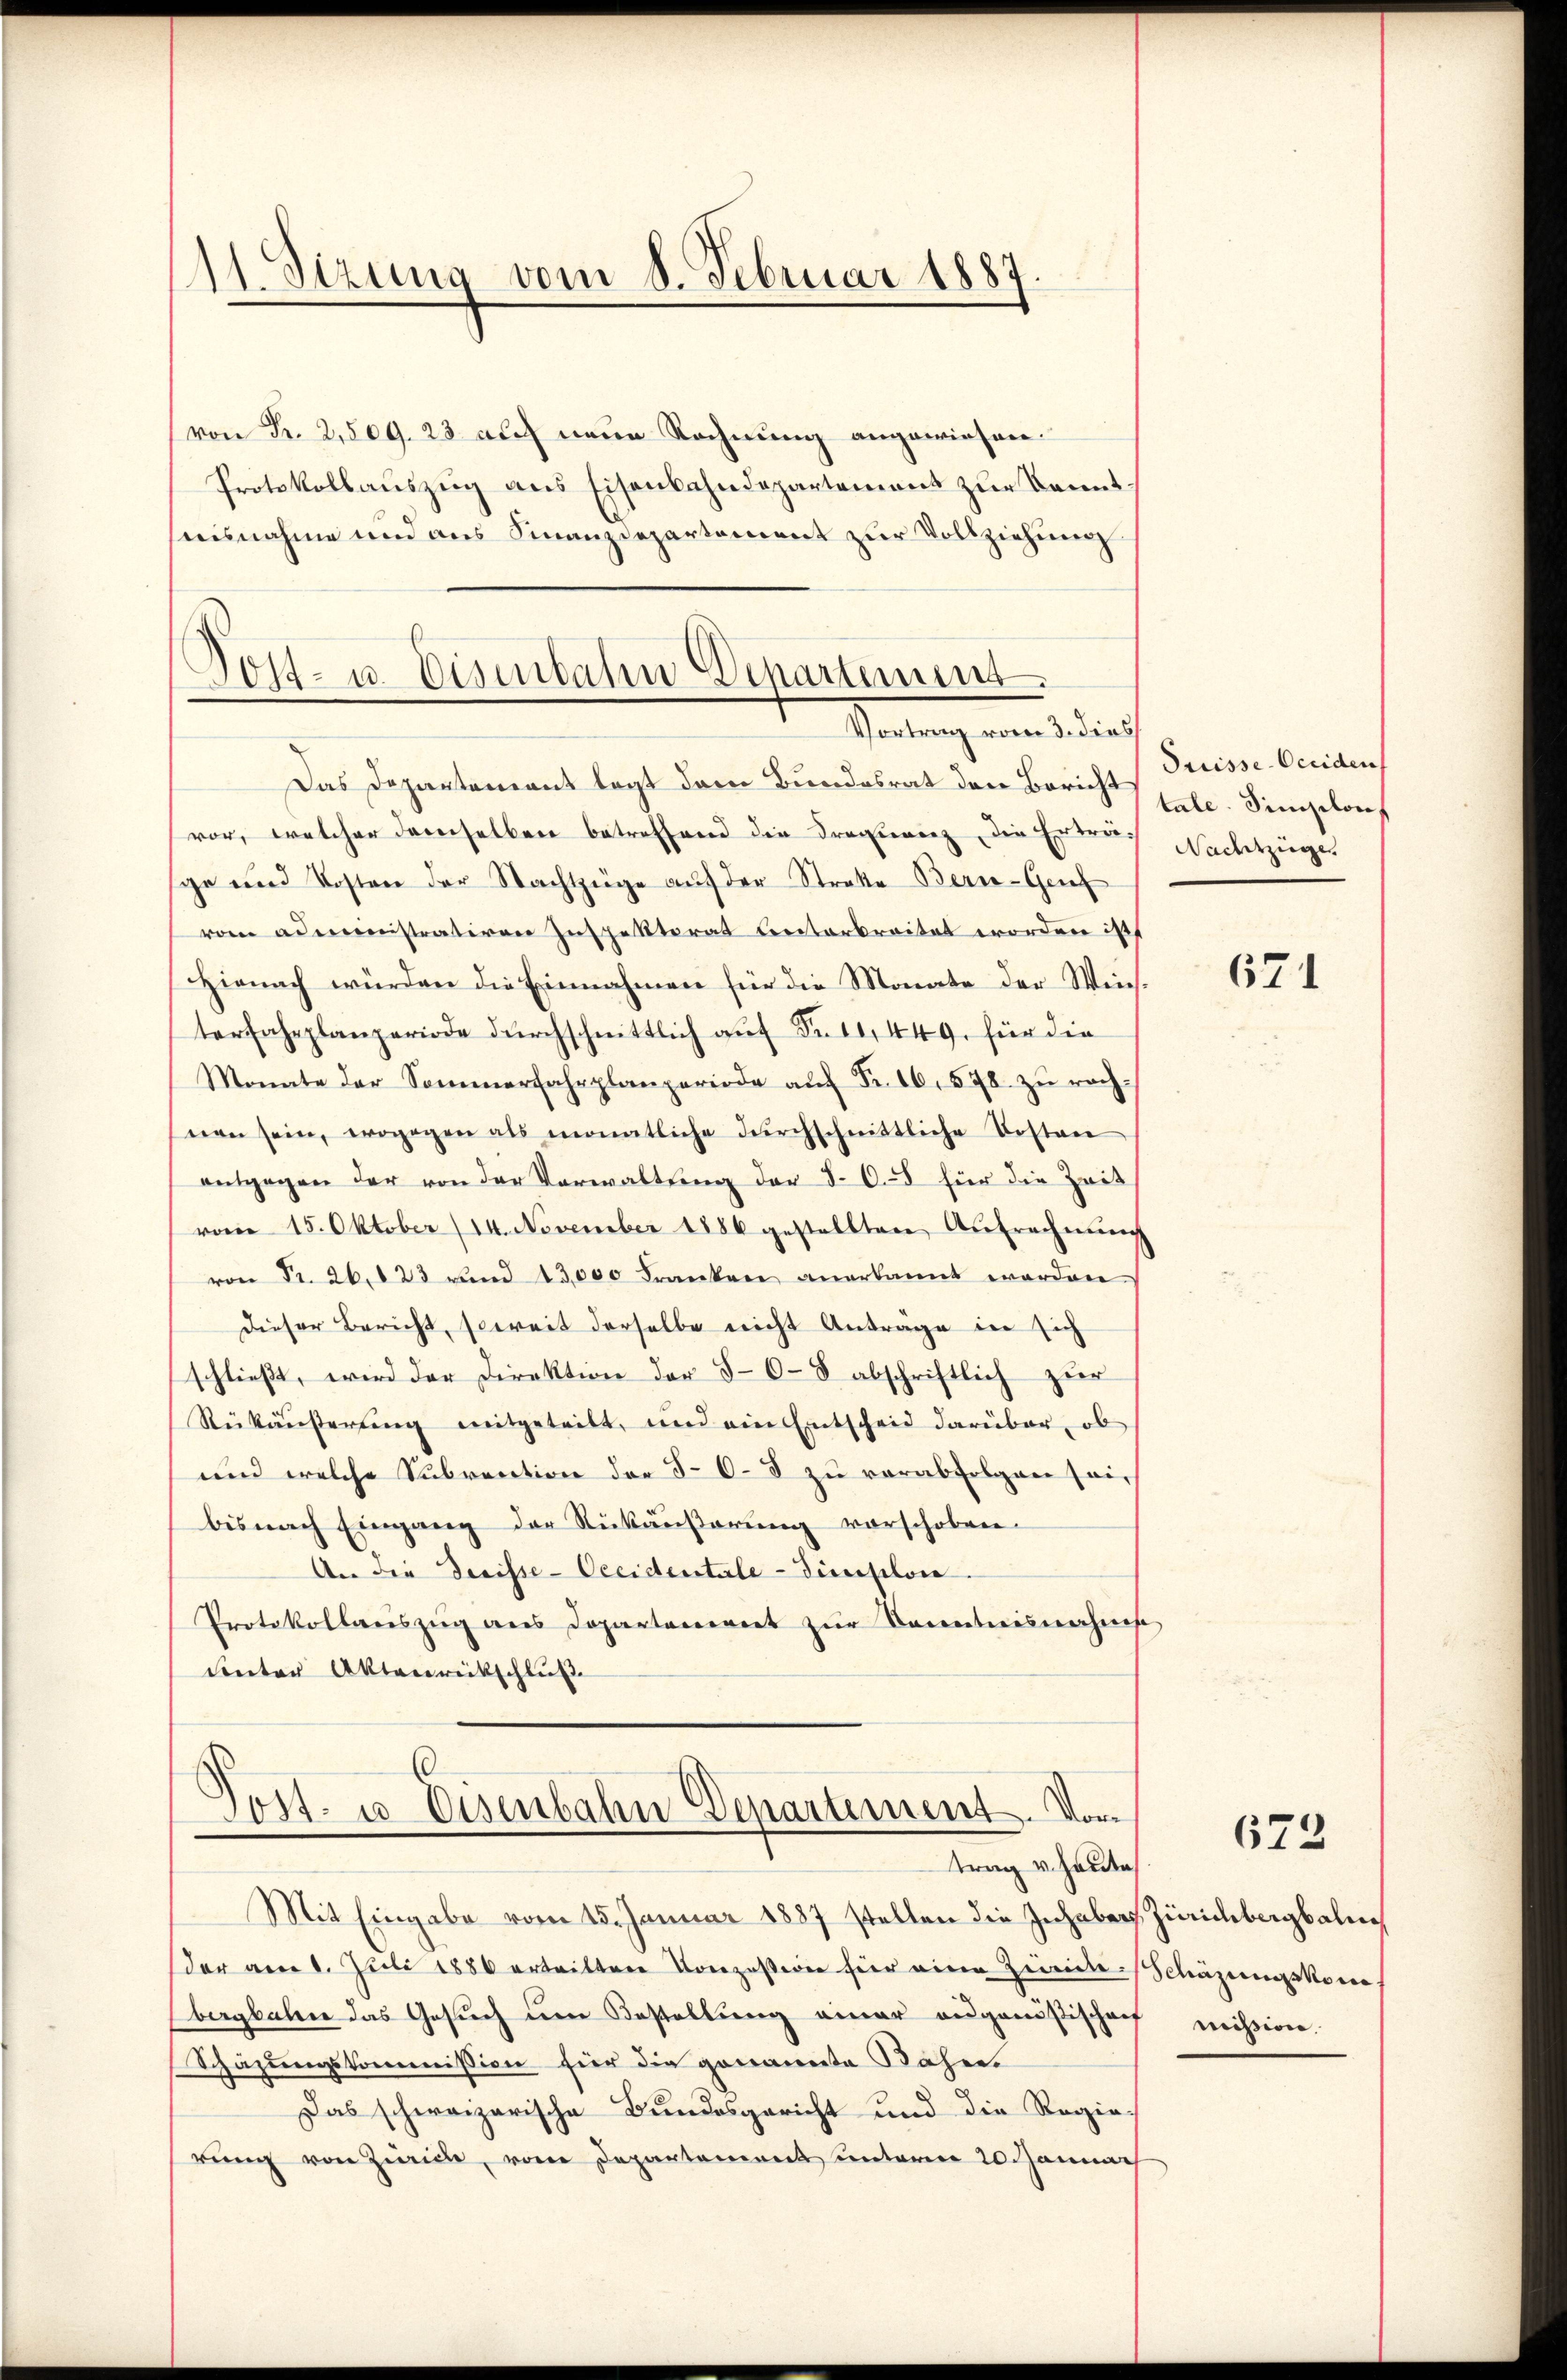
111. Sizung vom 8. Februar 1887

von Nr. 2, 509. 23. auf neue Rechnung angewiesen.
Protokollauszug aus Eisenbahndepartement zur Kennt.
ausnahme und aus Finanzdepartement zur Vollziehung

.
Sost- u. Disenbahn Departement.
Vortrag vom 3. dies

Jost- u Eisenbahn Departement. Vor
trag v. heute

Das Departement legt dem Bundesrat den Bericht Preisse-Occiden
vor, welcher derselben betreffend die Praxierenz, die Erträge und Kosten der Nachtzüge auf der Straße Bern-Genf
vom administrativen Inspektorat erterbreitet worden ist
Hienach würden die Einnahmen für die Monate der Win-
terfahrplanzeriode durchschnittlich auf Fr. 11, 449. für die
Monate der Sommerfahrplanperiode aŭf Fr. 16. 578. zŭ rachnen sein, wogegen als monatliche dŭrchschnittliche Kosten
entgegen der von der Verwaltung der §. 6. für die Zeit
vom 15. Oktober (14. November 1886 gestellten Aufrechnung
von Fr. 26. 123 und 13,000 Franken anerkannt worden
Dieser Bericht, soweit derselbe nicht Anträge in sich
schlieβt, wird der Direktion der 5-6-8 abschriftlich zur
Rükäŭserŭng mitgeteilt, und ein Entscheid darüber, ob
und welche Subvention der 50-8 zŭ verabfolgen seibis nach Eingang der Rückäußerung vorschoben.
An die Serisse-Oeeidentale - Zinselon
Protokollariszŭg ans Departoniert zŭr Kenntnisnahms
unter Aktenrückschluß

tale. Singelon
Nachtzüge

Mit Eingabe vom 25. Januar 1887 stellen die Inhaber Zürichbergbahnder am 1. Juli 1880 ertrittene Konzesseren für eine Zerie-Schäzeungskorre
bergbahn das Gesuch um Bestellung einer augenößischaf
Schazungskommission für die genannte Bahne.
Das schweizerische Bundesgericht und die Regierŭng von Zürich, vom Departement unterm 20. Jannach

671

672

mission.